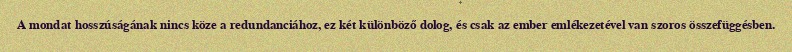
A mondat hosszúságának nincs köze a redundanciához, ez két különböző dolog, és csak az ember emlékezetével van szoros összefüggésben.